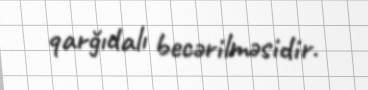
qarğıdalı becərilməsidir.